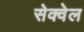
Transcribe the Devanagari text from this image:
सेक्वेल